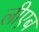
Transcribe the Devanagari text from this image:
लीएब